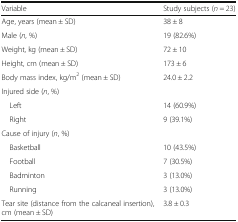
<table><thead><tr><td><b>Variable</b></td><td><b>Study subjects (<i>n</i> = 23)</b></td></tr></thead><tbody><tr><td>Age, years (mean ± SD)</td><td>38 ± 8</td></tr><tr><td>Male (<i>n</i>, %)</td><td>19 (82.6%)</td></tr><tr><td>Weight, kg (mean ± SD)</td><td>72 ± 10</td></tr><tr><td>Height, cm (mean ± SD)</td><td>173 ± 6</td></tr><tr><td>Body mass index, kg/m<sup>2</sup> (mean ± SD)</td><td>24.0 ± 2.2</td></tr><tr><td colspan="2">Injured side (<i>n</i>, %)</td></tr><tr><td> Left</td><td>14 (60.9%)</td></tr><tr><td> Right</td><td>9 (39.1%)</td></tr><tr><td>Cause of injury (<i>n</i>, %)</td><td></td></tr><tr><td> Basketball</td><td>10 (43.5%)</td></tr><tr><td> Football</td><td>7 (30.5%)</td></tr><tr><td> Badminton</td><td>3 (13.0%)</td></tr><tr><td> Running</td><td>3 (13.0%)</td></tr><tr><td>Tear site (distance from the calcaneal insertion), cm (mean ± SD)</td><td>3.8 ± 0.3</td></tr></tbody></table>